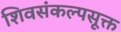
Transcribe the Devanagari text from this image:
शिवसंकल्पसूक्त